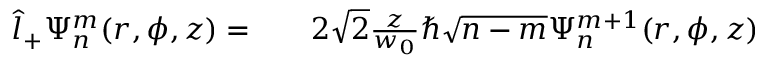
\begin{array} { r l r } { \hat { l } _ { + } \Psi _ { n } ^ { m } ( r , \phi , z ) = } & { { } } & { 2 \sqrt { 2 } \frac { z } { w _ { 0 } } \hbar \sqrt { n - m } \Psi _ { n } ^ { m + 1 } ( r , \phi , z ) } \end{array}